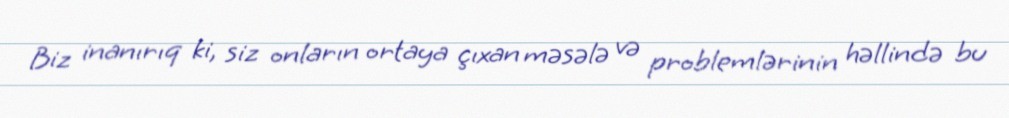
Biz inanırıq ki, siz onların ortaya çıxan məsələ və problemlərinin həllində bu